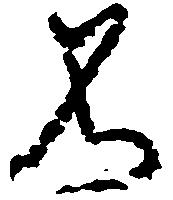
不